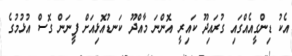
އެކު ޑިންގީއެއްގައި ގުރައިދޫ ކައިރީ އޮންނަ މާއްދޫ ކަނޑުއޮޅިއަށް ފީނަން ގޮސް އުޅުމުގެ